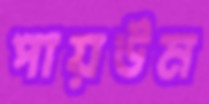
পায়উম